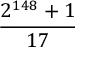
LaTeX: \frac { 2 ^ { 1 4 8 } + 1 } { 1 7 }